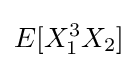
E[X_{1}^{3}X_{2}]